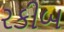
રકીબ